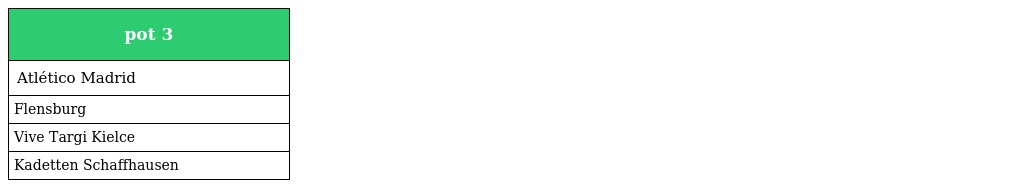
| pot 3 |
 | --- |
 | Atlético Madrid |
 | Flensburg |
 | Vive Targi Kielce |
 | Kadetten Schaffhausen |